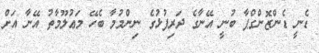
ޑެނީ ޑެންޒޮންގްޕާ ބުނީ އޭނާގެ ދަރިފުޅުގެ ނިންމުމާ ބެހޭ މަޢުލޫމާތު އޭނާ އަށް